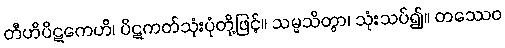
တီဟိပိဋကေဟိ၊ ပိဋကတ်သုံးပုံတို့ဖြင့်။ သမ္မသိတွာ၊ သုံးသပ်၍။ တဿေဝ